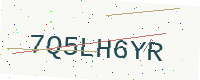
Text: 7Q5LH6YR